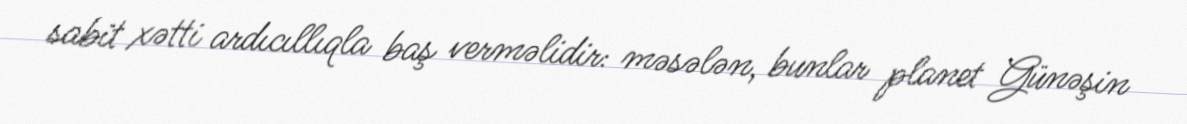
sabit xətti ardıcıllıqla baş verməlidir: məsələn, bunlar planet Günəşin